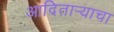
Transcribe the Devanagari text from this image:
आदितार्‍याचा